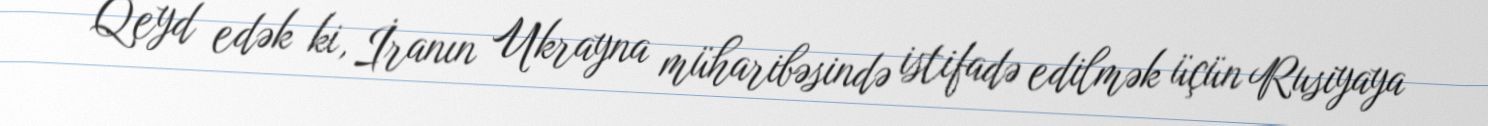
Qeyd edək ki, İranın Ukrayna müharibəsində istifadə edilmək üçün Rusiyaya